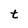
Character: t